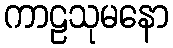
ကာဠသုမနော